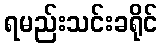
ရမည်းသင်းခရိုင်